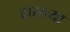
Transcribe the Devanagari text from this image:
दासच्या